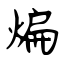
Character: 煸